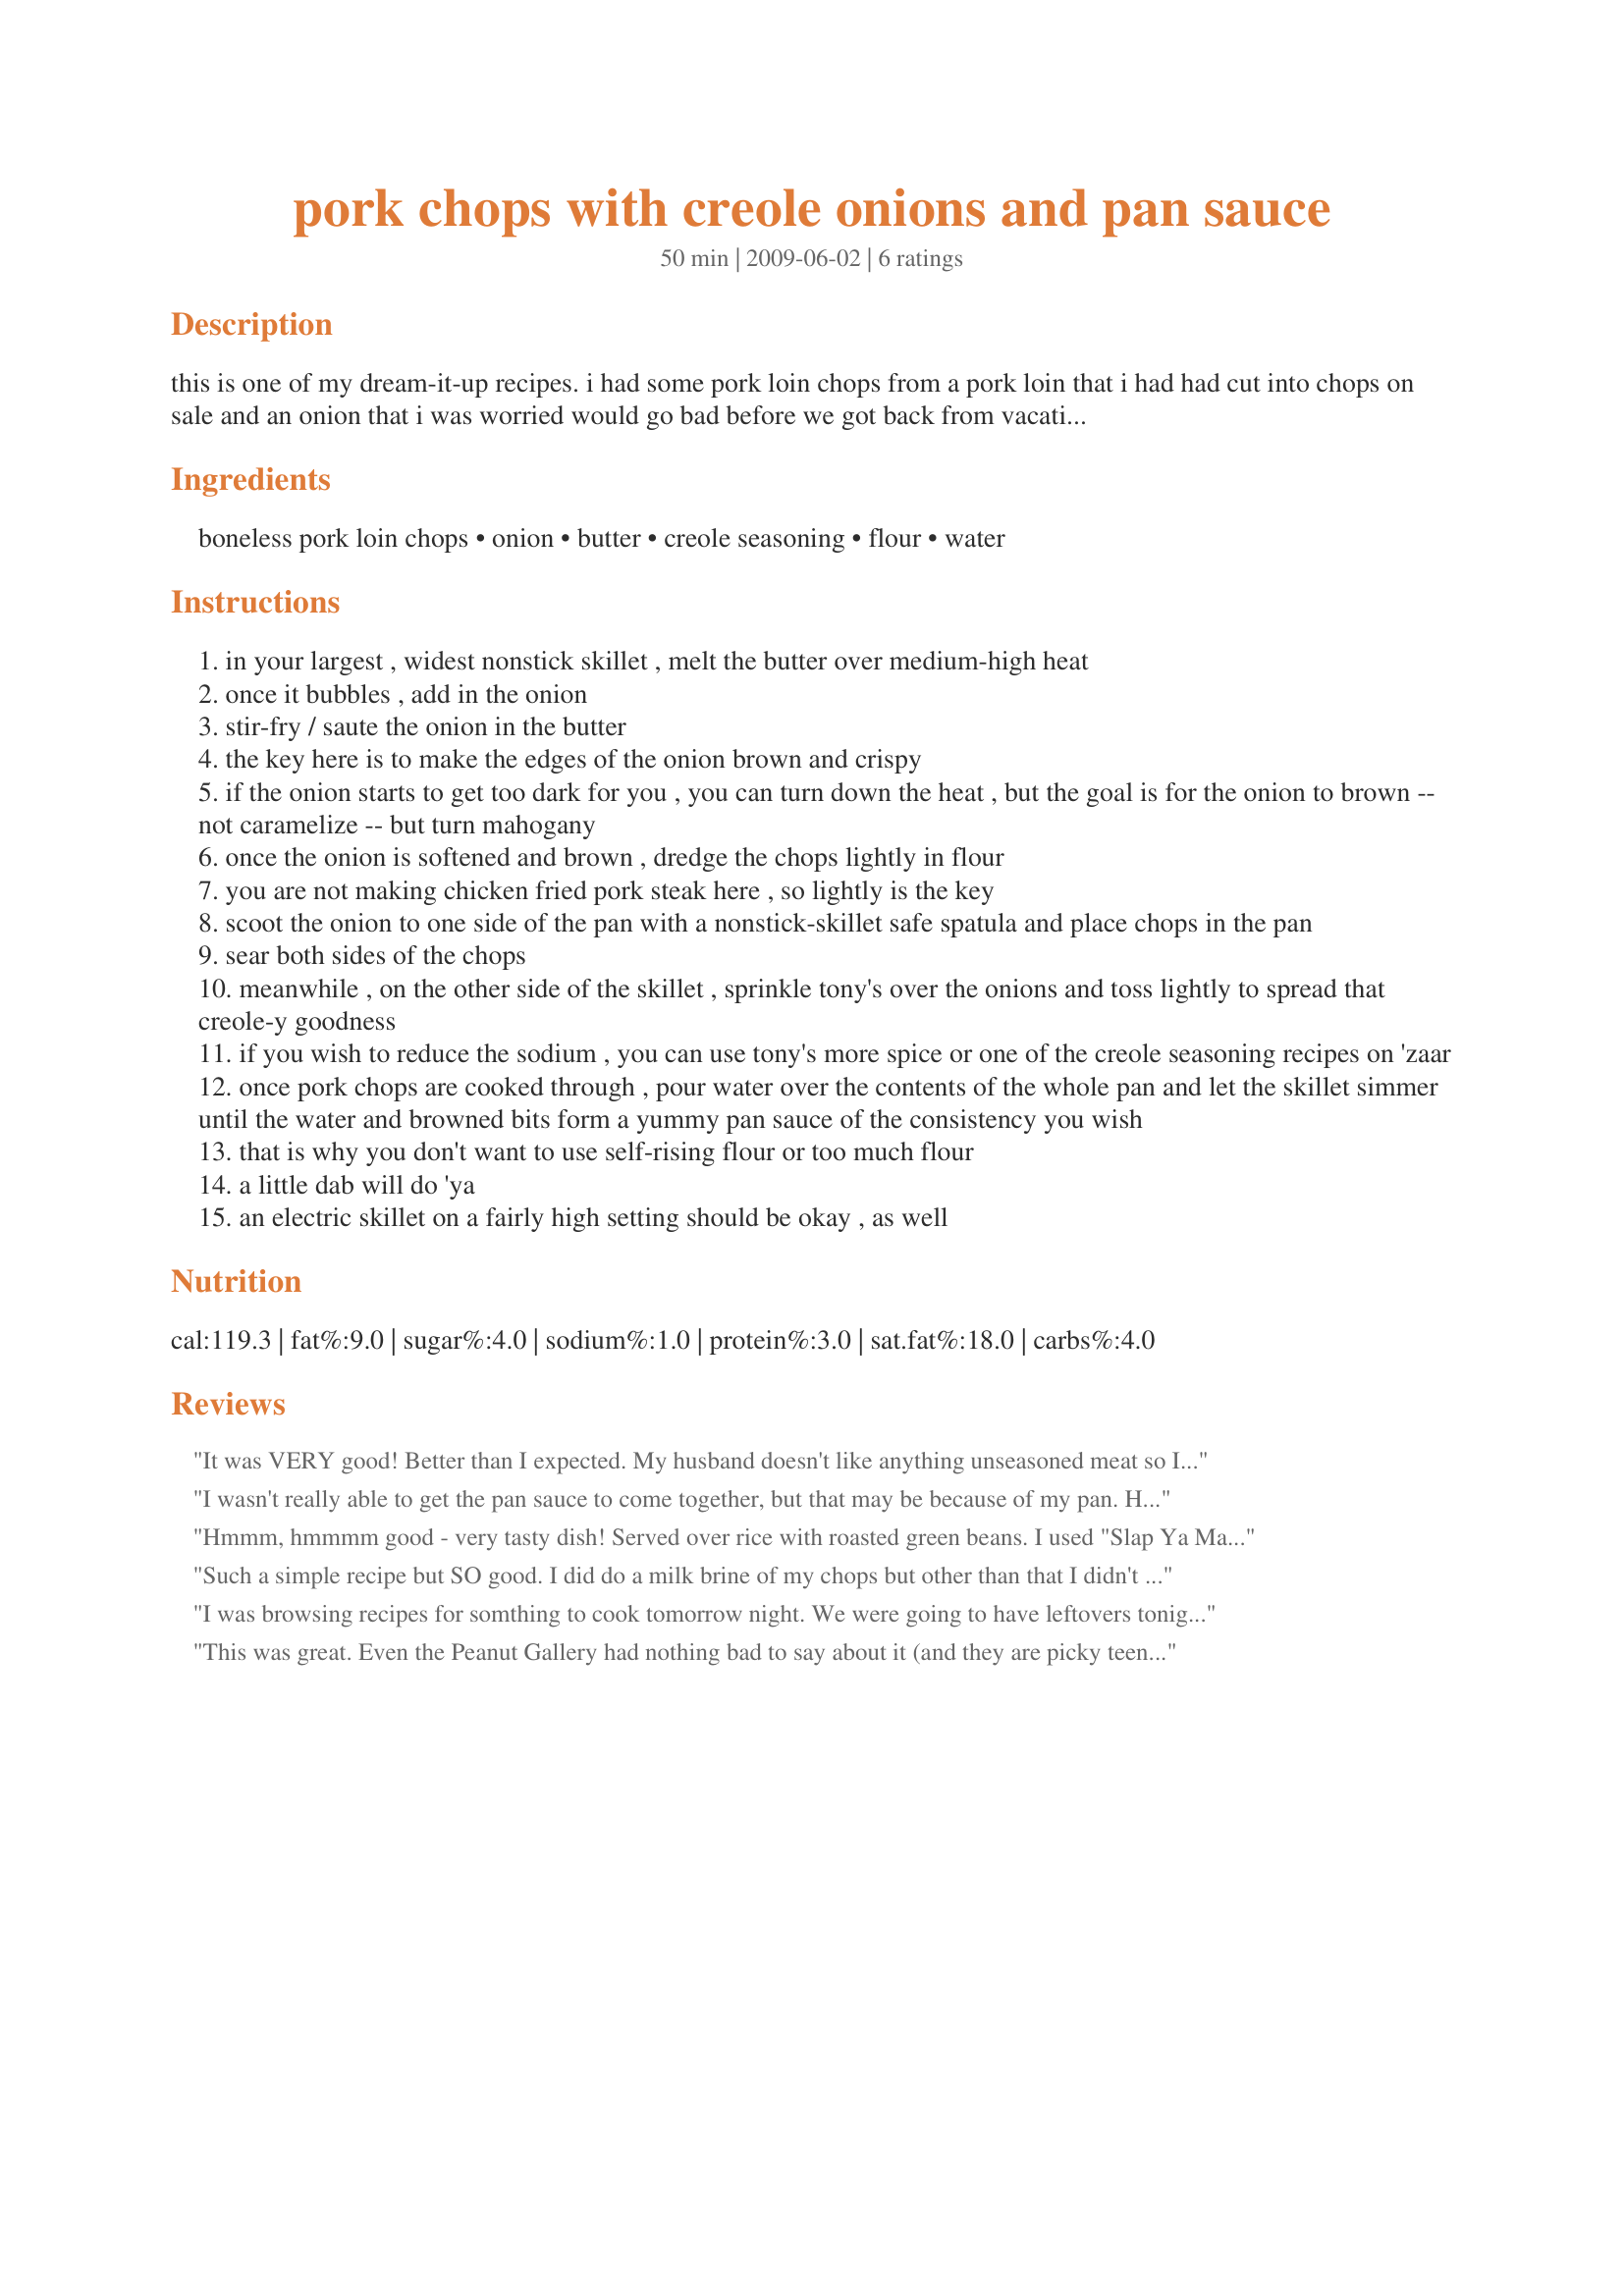
pork chops with creole onions and pan sauce
Preparation time: 50 minutes

this is one of my dream-it-up recipes. i had some pork loin chops from a pork loin that i had had cut into chops on sale and an onion that i was worried would go bad before we got back from vacation. the preparation and cooking times are an estimate. the onion idea comes from a fast food restaurant that used to be in the area, short stop, that served diablo burgers: cheeseburgers with onions and bell peppers sauteed in butter and tony's. i didn't have any bell pepper (plus i don't think it would have worked flavor-wise here).

Ingredients:
boneless pork loin chops, onion, butter, creole seasoning, flour, water

Steps:
in your largest , widest nonstick skillet , melt the butter over medium-high heat
once it bubbles , add in the onion
stir-fry / saute the onion in the butter
the key here is to make the edges of the onion brown and crispy
if the onion starts to get too dark for you , you can turn down the heat , but the goal is for the onion to brown -- not caramelize -- but turn mahogany
once the onion is softened and brown , dredge the chops lightly in flour
you are not making chicken fried pork steak here , so lightly is the key
scoot the onion to one side of the pan with a nonstick-skillet safe spatula and place chops in the pan
sear both sides of the chops
meanwhile , on the other side of the skillet , sprinkle tony's over the onions and toss lightly to spread that creole-y goodness
if you wish to reduce the sodium , you can use tony's more spice or one of the creole seasoning recipes on 'zaar
once pork chops are cooked through , pour water over the contents of the whole pan and let the skillet simmer until the water and browned bits form a yummy pan sauce of the consistency you wish
that is why you don't want to use self-rising flour or too much flour
a little dab will do 'ya
an electric skillet on a fairly high setting should be okay , as well

Reviews:
It was VERY good! Better than I expected. My husband doesn't like anything unseasoned meat so I was nervous to try this recipe. My husband and my son ended up wanting MORE so I will have to double the recipe!

I had it with rice, corn, and applesauce. I thought it was perfect combination. You can replace the corn with greens and it would be still great! 

Thank you for sharing the recipe!!
I wasn't really able to get the pan sauce to come together, but that may be because of my pan. HOWEVER, the pork chops were deliciously tender and moist, and the onions were to die for. Thank you so much for posting, this is definitely a winner!
Hmmm, hmmmm good - very tasty dish! Served over rice with roasted green beans. I used "Slap Ya Mamma" instead of Tony's - I find Tony's a little too salty for my taste. Other than that, prepared exactly per the recipe. Next time I think I'll add a little bell pepper - that should add a little extra flavor.

Compliments to the chef!
Such a simple recipe but SO good. I did do a milk brine of my chops but other than that I didn't change a thing. I used the full amount of creole seasoning, I thought that was the perfect amount!
I was browsing recipes for somthing to cook tomorrow night. We were going to have leftovers tonight. Well, this sounded so good I couldn't wait until tomorrow! I was not disappointed. Thank you for sharing.
This was great. Even the Peanut Gallery had nothing bad to say about it (and they are picky teenagers). I thought I had some creole seasoning, but it must've gotten tossed out the last time the PG cleaned out the pantry, so I improvised with cayenne pepper, garlic salt, paprika and cumin. Served it with crash potatos, and it was decided that it should be put on a regular rotation.
